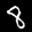
Label: 8